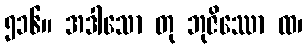
၅၁၆။ အဒါသော တု ဘုဇိဿော ထ၊